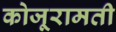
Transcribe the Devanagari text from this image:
कोजूरामती